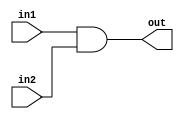
module And (
    input  in1,
    input  in2,
    output out
);

  assign out = in1 & in2;

endmodule